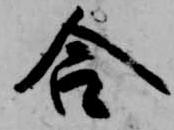
合